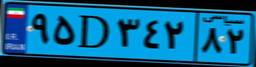
۹۵D۳۴۲۸۲